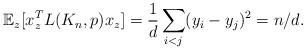
LaTeX: \begin{align*}\mathbb{E}_z[x_z^T L(K_n,p) x_z]=\frac 1d \sum_{i<j} (y_i-y_j)^2= n/d.\end{align*}